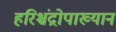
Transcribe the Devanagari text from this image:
हरिश्चंद्रोपाख्यान